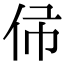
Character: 𠇛